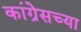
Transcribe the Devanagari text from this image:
कांग्रेसच्या